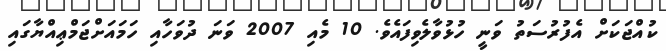
ކުއްޖަކަށް އެފުރުސަތު ވަނީ ހުޅުވާލެވިފައެވެ. 10 މެއި 2007 ވަނަ ދުވަހާއި ހަމައަށްޖަމްޢިއްޔާގައި